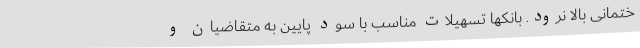
ختمانی بالا نرود. بانکها تسهیلات مناسب با سود پایین به متقاضیان و